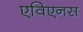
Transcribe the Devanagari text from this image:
एविएनस